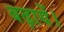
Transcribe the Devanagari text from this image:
बढ़ायें।